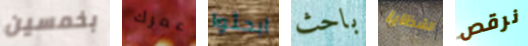
بخمسين عمرك ابحثوا باحث الشظايا نرقص